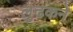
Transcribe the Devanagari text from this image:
लुढकने